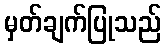
မှတ်ချက်ပြုသည်